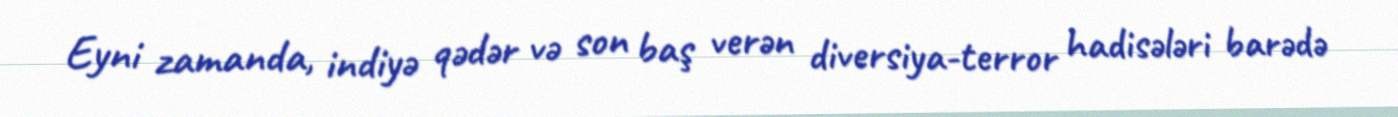
Eyni zamanda, indiyə qədər və son baş verən diversiya-terror hadisələri barədə